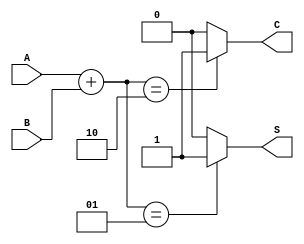
module threshold_half_adder (
    input wire A,    // First binary input
    input wire B,    // Second binary input
    output wire S,   // Sum output
    output wire C    // Carry output
);

// Threshold logic for Sum (S) and Carry (C)
assign S = (A + B == 1) ? 1 : 0; // Sum is 1 if the sum of A and B equals 1
assign C = (A + B == 2) ? 1 : 0; // Carry is 1 if the sum of A and B equals 2

endmodule